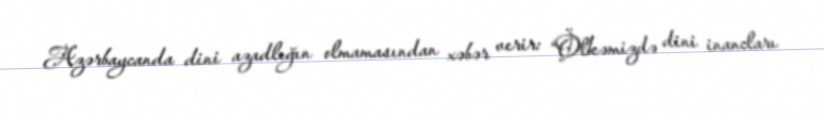
Azərbaycanda dini azadlığın olmamasından xəbər verir: “Ölkəmizdə dini inancları